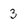
Character: 3